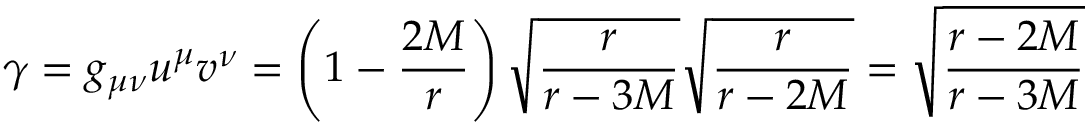
\gamma = g _ { \mu \nu } u ^ { \mu } v ^ { \nu } = \left( 1 - { \frac { 2 M } { r } } \right) { \sqrt { \frac { r } { r - 3 M } } } { \sqrt { \frac { r } { r - 2 M } } } = { \sqrt { \frac { r - 2 M } { r - 3 M } } }